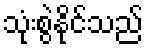
သုံးစွဲနိုင်သည်